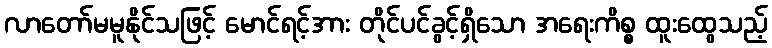
လာတော်မမူနိုင်သဖြင့် မောင်ရင့်အား တိုင်ပင်ခွင့်ရှိသော အရေးကိစ္စ ထူးထွေသည့်